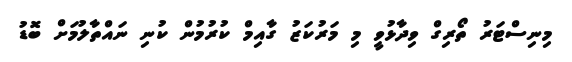
މިނިސްޓަރު ތޯރިގް ވިދާޅުވީ މި މަރުކަޒު ގާއިމް ކުރުމުން ކުނި ނައްތާލުމަށް ބޮޑު